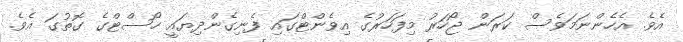
އެވެ. އެހެންނަމަވެސް ކަރަން ޖޯހަރު މިފަހަރުގެ އިވެންޓްގައި ފެނިގެންދިޔައީ ހޯސްޓްގެ ގޮތުގަ އެވެ.